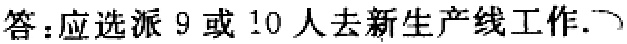
答：应选派 9 或 10 人去新生产线工作.